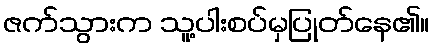
ဇက်သွားက သူ့ပါးစပ်မှပြုတ်နေ၏။